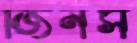
জিনস